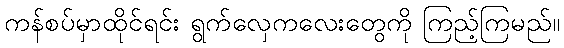
ကန်စပ်မှာထိုင်ရင်း ရွက်လှေကလေးတွေကို ကြည့်ကြမည်။